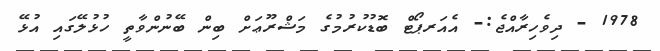
1978 - ދިވެހިރާއްޖެ:- އެއަރޕޯޓް ބޮޑުކުރުމުގެ މަޝްރޫޢަށް ބިން ބޭނުންވާތީ ހުޅުލޭގައި އުޅޭ